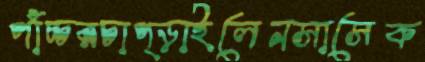
পাঁচ্চরচাপ্‌ড়াইলেনসাসেক